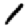
Digit: 1